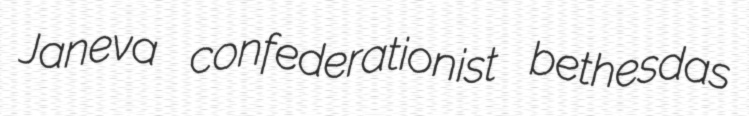
Janeva confederationist bethesdas